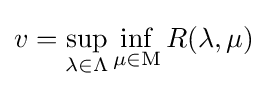
v=\sup _{\lambda \in \Lambda }\inf _{\mu \in \mathrm {M} }R(\lambda ,\mu )